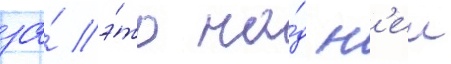
за́ э́то на́д н'еи